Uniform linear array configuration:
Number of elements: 8
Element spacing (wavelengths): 0.25
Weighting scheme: kaiser
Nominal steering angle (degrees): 15
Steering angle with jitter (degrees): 15.7
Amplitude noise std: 0.05
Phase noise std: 0.05

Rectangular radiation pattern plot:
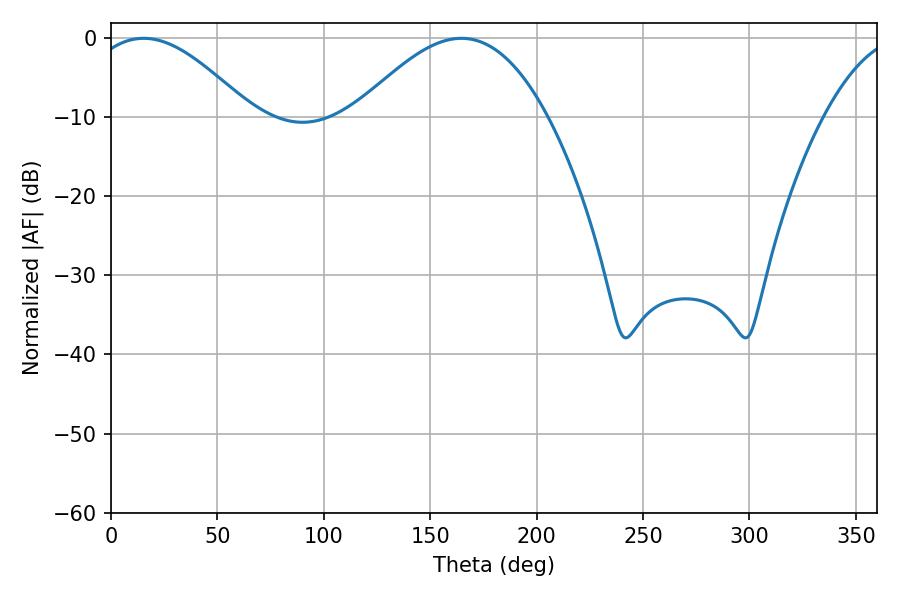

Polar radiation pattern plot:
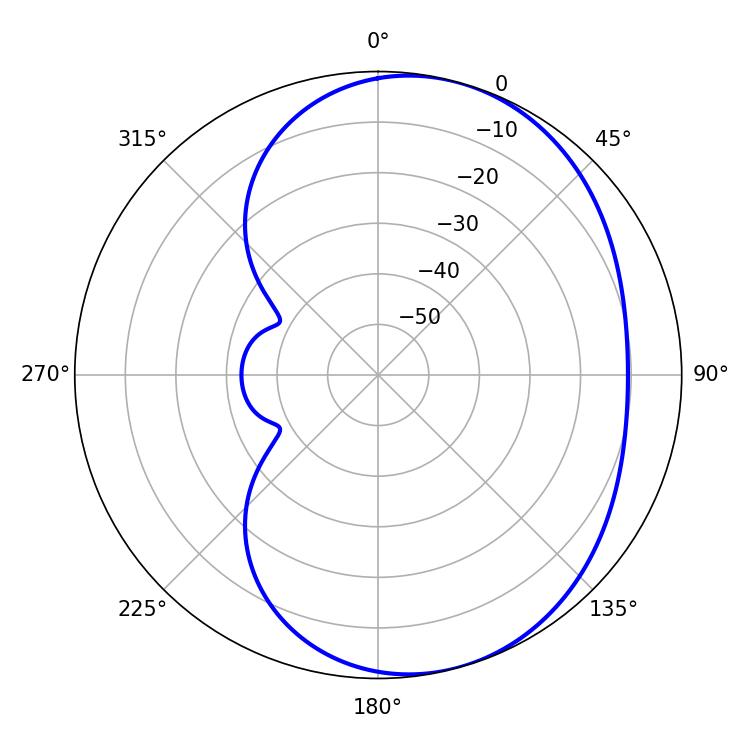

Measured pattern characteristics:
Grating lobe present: FALSE
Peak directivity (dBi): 5.145
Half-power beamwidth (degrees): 41.58
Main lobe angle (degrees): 15.3